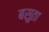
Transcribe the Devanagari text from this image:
बसुता